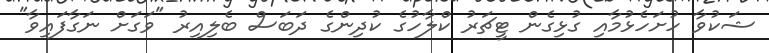
ޝަކުވާ ހުށަހެޅުމާއި ގުޅިގެން ޓީޗަރު ކްލާހުގެ ކުދިންގެ ދަބަސް ބެލިއިރު "ވަގަށް ނަގާފައިވާ"